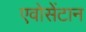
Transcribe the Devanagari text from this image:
एवोसेंटान